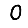
Digit: 0